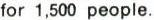
for 1,500 people